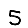
Digit: 5